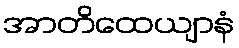
အာတိထေယျာနံ